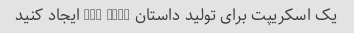
یک اسکریپت برای تولید داستان Mad Libs ایجاد کنید